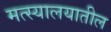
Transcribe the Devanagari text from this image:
मत्स्यालयातील